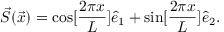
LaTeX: \vec { S } ( \vec { x } ) = \cos [ \frac { 2 \pi x } { L } ] \hat { e } _ { 1 } + \sin [ \frac { 2 \pi x } { L } ] \hat { e } _ { 2 } .